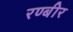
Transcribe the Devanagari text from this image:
रण्बीर